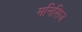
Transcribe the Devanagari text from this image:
मनिसिज